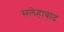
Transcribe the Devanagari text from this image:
सलेहाबाद